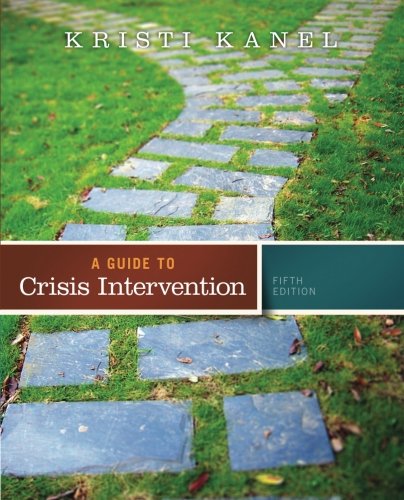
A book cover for A Guide to Crisis Intervention (Book Only); Kristi Kanel; Education & Teaching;